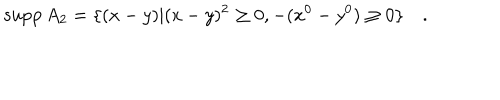
{ \mathrm { s u p p } } \, A _ { 2 } = \{ ( x - y ) | ( x - y ) ^ { 2 } \ge 0 , - ( x ^ { 0 } - y ^ { 0 } ) \ge 0 \} \quad .